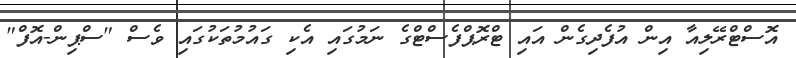
އޮސްޓްރޭލިއާ އިން އުފެދިގެން އައި ޓްރޮޕްފެސްޓްގެ ނަމުގައި އެކި ގައުމުތަކުގައި ވެސް "ސްޕިން-އޮފް"